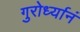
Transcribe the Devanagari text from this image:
गुरोर्ध्यानं